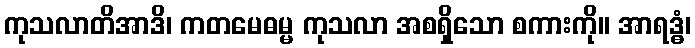
ကုသလာတိအာဒိ၊ ကတမေဓမ္မ ကုသလာ အစရှိသော စကားကို။ အာရဒ္ဓံ၊